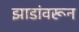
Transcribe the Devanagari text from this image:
झाडांवरून